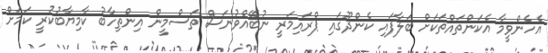
އެހެންވީމާ އެކަންތައްތަކަށް ބަލާފައި ކެންދޫގައި ޕްރައިމަރީ ނުބޭއްވުނަސް ތަސްމީން އިންތިހާބު ކާމިޔާބުކުރީ ކަމަށް